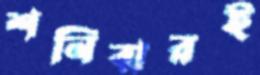
শনিবারই